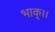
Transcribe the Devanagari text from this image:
भाक्।।